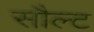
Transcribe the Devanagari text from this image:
सौल्ट